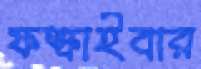
ফস্‌কাইবার